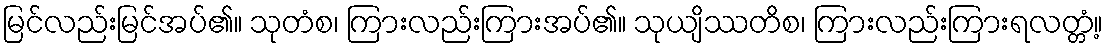
မြင်လည်းမြင်အပ်၏။ သုတံစ၊ ကြားလည်းကြားအပ်၏။ သုယျိဿတိစ၊ ကြားလည်းကြားရလတ္တံ့။